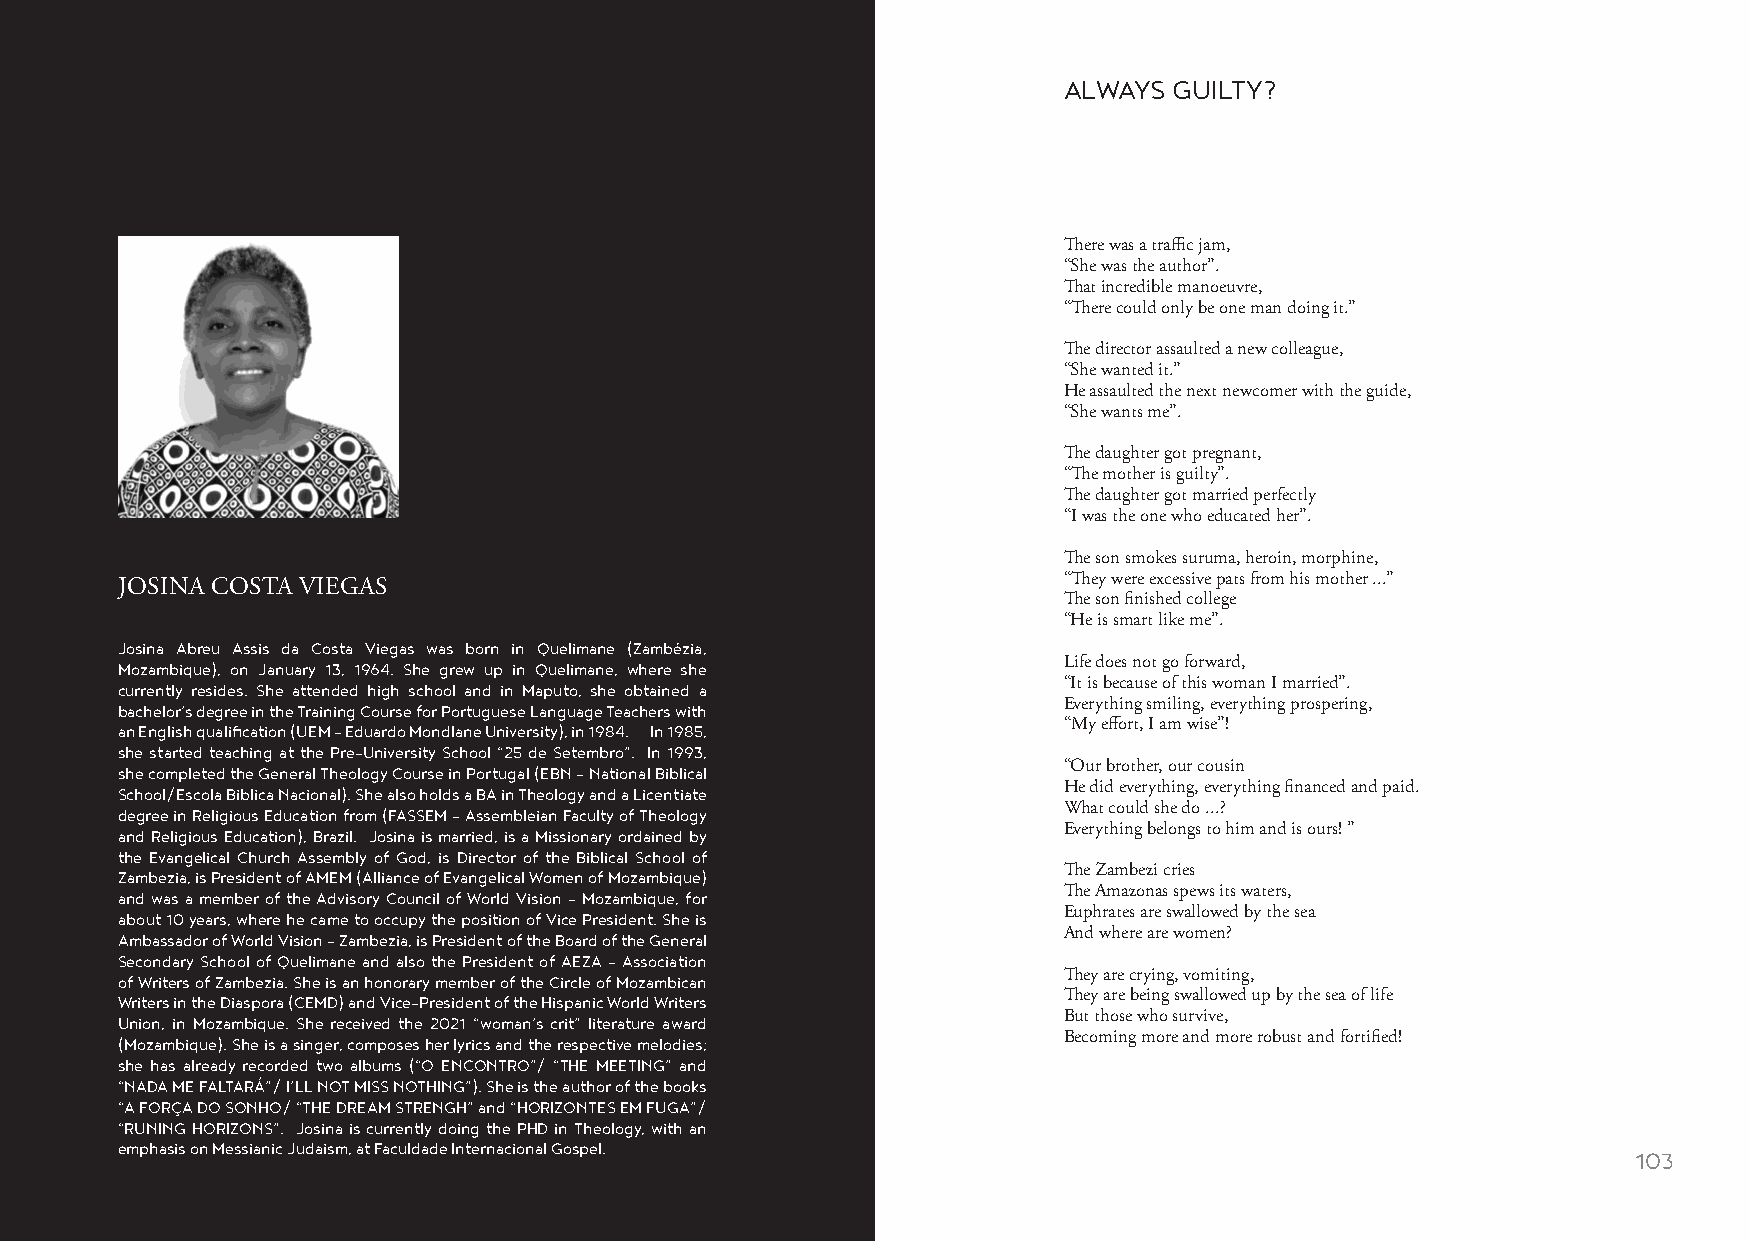
ALWAYS  GUILTY?
 There was a traffic jam,
 “She was the author”.
 That incredible manoeuvre,
 “There could only be one man doing it.”
 The director assaulted a new colleague,
 “She wanted it.”
 He assaulted the next newcomer with the guide,
 “She wants me”.
 The daughter got pregnant,
 “The mother is guilty”.
 The daughter got married perfectly
 “I was the one who educated her”.
 The son smokes suruma, heroin, morphine,
 “They were excessive pats from his mother ...”
 JOSINA COSTA VIEGAS
 The son finished college
 “He is smart like me”.
 Josina Abreu Assis da Costa Viegas was born in Quelimane (Zambézia,
 Mozambique), on January 13, 1964. She grew up in Quelimane, where she Life does not go forward,
 currently resides. She attended high school and in Maputo, she obtained a “It is because of this woman I married”.
 bachelor’s degree in the Training Course for Portuguese Language Teachers with Everything smiling, everything prospering,
 an English qualification (UEM - Eduardo Mondlane University), in 1984. In 1985, “My effort, I am wise”!
 she started teaching at the Pre-University School “25 de Setembro”. In 1993,
 she completed the General Theology Course in Portugal (EBN - National Biblical “Our brother, our cousin
 School/Escola Biblica Nacional). She also holds a BA in Theology and a Licentiate He did everything, everything financed and paid.
 degree in Religious Education from (FASSEM - Assembleian Faculty of Theology What could she do ...?
 and Religious Education), Brazil. Josina is married, is a Missionary ordained by Everything belongs to him and is ours! ”
 the Evangelical Church Assembly of God, is Director of the Biblical School of
 Zambezia, is President of AMEM (Alliance of Evangelical Women of Mozambique) The Zambezi cries
 and was a member of the Advisory Council of World Vision - Mozambique, for The Amazonas spews its waters,
 about 10 years, where he came to occupy the position of Vice President. She is Euphrates are swallowed by the sea
 Ambassador of World Vision - Zambezia, is President of the Board of the General And where are women?
 Secondary School of Quelimane and also the President of AEZA - Association
 of Writers of Zambezia. She is an honorary member of the Circle of Mozambican They are crying, vomiting,
 Writers in the Diaspora (CEMD) and Vice-President of the Hispanic World Writers They are being swallowed up by the sea of life
 Union, in Mozambique. She received the 2021 “woman’s crit” literature award But those who survive,
 (Mozambique). She is a singer, composes her lyrics and the respective melodies; Becoming more and more robust and fortified!
 she has already recorded two albums (“O ENCONTRO”/ “THE MEETING” and
 “NADA ME FALTARÁ”/ I’LL NOT MISS NOTHING”). She is the author of the books
 “A FORÇA DO SONHO/ “THE DREAM STRENGH” and “HORIZONTES EM FUGA”/
 “RUNING HORIZONS”. Josina is currently doing the PHD in Theology, with an
 emphasis on Messianic Judaism, at Faculdade Internacional Gospel.
 102                                                                                                    103